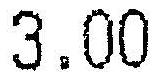
3.00